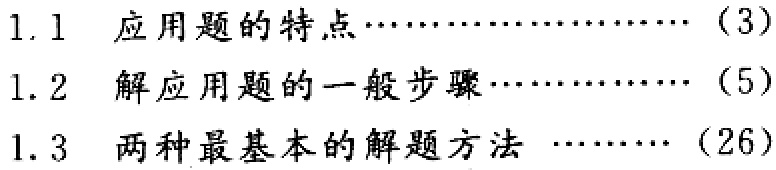
1.1 应用题的特点…………………（3）

1.2 解应用题的一般步骤………………（5）

1.3 两种最基本的解题方法 ………（26）